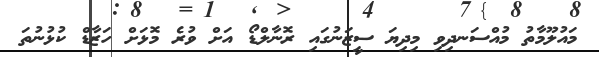
މައުލޫމާތު މުއްސަނދިވި މިދިޔަ ސީޒަނުގައި ރޮނާލްޑޯ އަށް ވުރެ މޮޅަށް ހަޒާޑް ކުޅުނުތަ